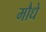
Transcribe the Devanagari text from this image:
मौधे